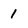
Character: 1